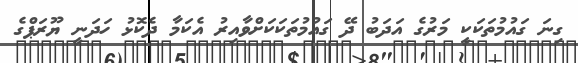
ގިނަ ގައުމުތަކަކީ މަރުގެ އަދަބު ދޭ ގައުމުތަކަކަށްވާއިރު އެކަމާ ދެކޮޅު ހަދަނީ ޔޫރަޕްގެ